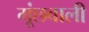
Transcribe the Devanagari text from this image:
मूंछवाली